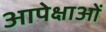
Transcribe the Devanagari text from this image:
आपेक्षाओं